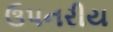
ઉપનરીય